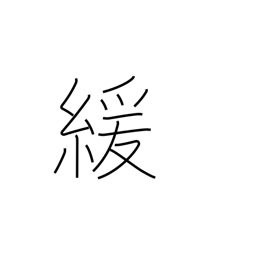
Meaning: loosen